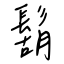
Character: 鬍